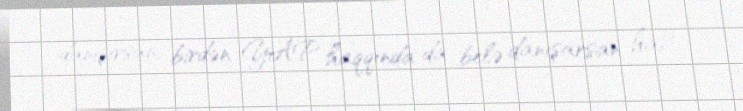
danışırsan, birdən YAP haqqında da belə danışarsan ha?.